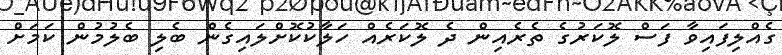
ގެއްލިފައިވާ ފަސް ލޮކަރުގެ ތެރެއިން ދެ ލޮކަރެއް ހަލާކުކޮށްލައިގެން ބެލި ބެލުމުން ކަމަށް